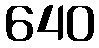
640